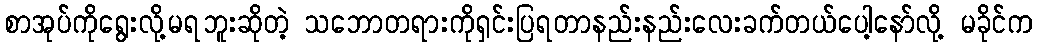
စာအုပ်ကိုရွေးလို့မရဘူးဆိုတဲ့ သဘောတရားကိုရှင်းပြရတာနည်းနည်းလေးခက်တယ်ပေါ့နော်လို့ မခိုင်က